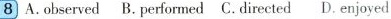
8 A.observed B.performed C. directed D. enjoyed